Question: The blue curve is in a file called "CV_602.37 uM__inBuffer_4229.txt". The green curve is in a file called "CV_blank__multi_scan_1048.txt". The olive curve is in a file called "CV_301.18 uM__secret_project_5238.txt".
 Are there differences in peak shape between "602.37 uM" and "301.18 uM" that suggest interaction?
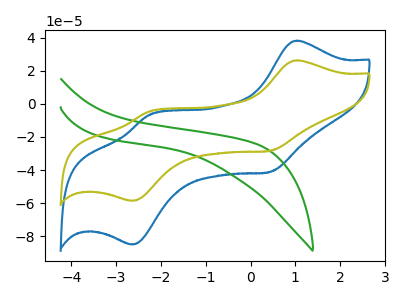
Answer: <think>The blue curve "602.37 uM" has anodic peaks at (1.05V, 38.30uA) (-2.25V, -6.75uA) and cathodic peaks at (0.45V, -41.15uA) (-2.65V, -85.05uA). The green curve "blank" has no peaks. The olive curve "301.18 uM" has anodic peaks at (1.05V, 26.35uA) (-2.25V, -4.65uA) and cathodic peaks at (0.45V, -28.35uA) (-2.65V, -58.60uA).
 All the peaks in "602.37 uM" have a peak in "301.18 uM" at the same potential.</think>
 <answer>No, "602.37 uM" and "301.18 uM" don't appear to be significantly different in shape</answer>
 <eval>no_change</eval>